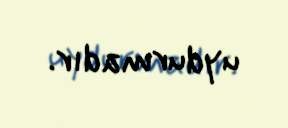
uydurmadır.